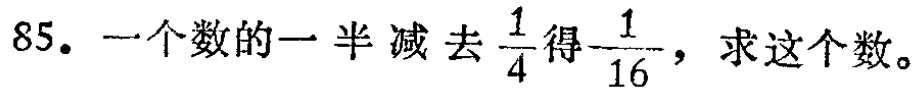
85. 一个数的一半减去$\frac{1}{4}$得$\frac{1}{16}$，求这个数。